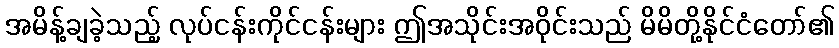
အမိန့်ချခဲ့သည့် လုပ်ငန်းကိုင်ငန်းများ ဤအသိုင်းအဝိုင်းသည် မိမိတို့နိုင်ငံတော်၏